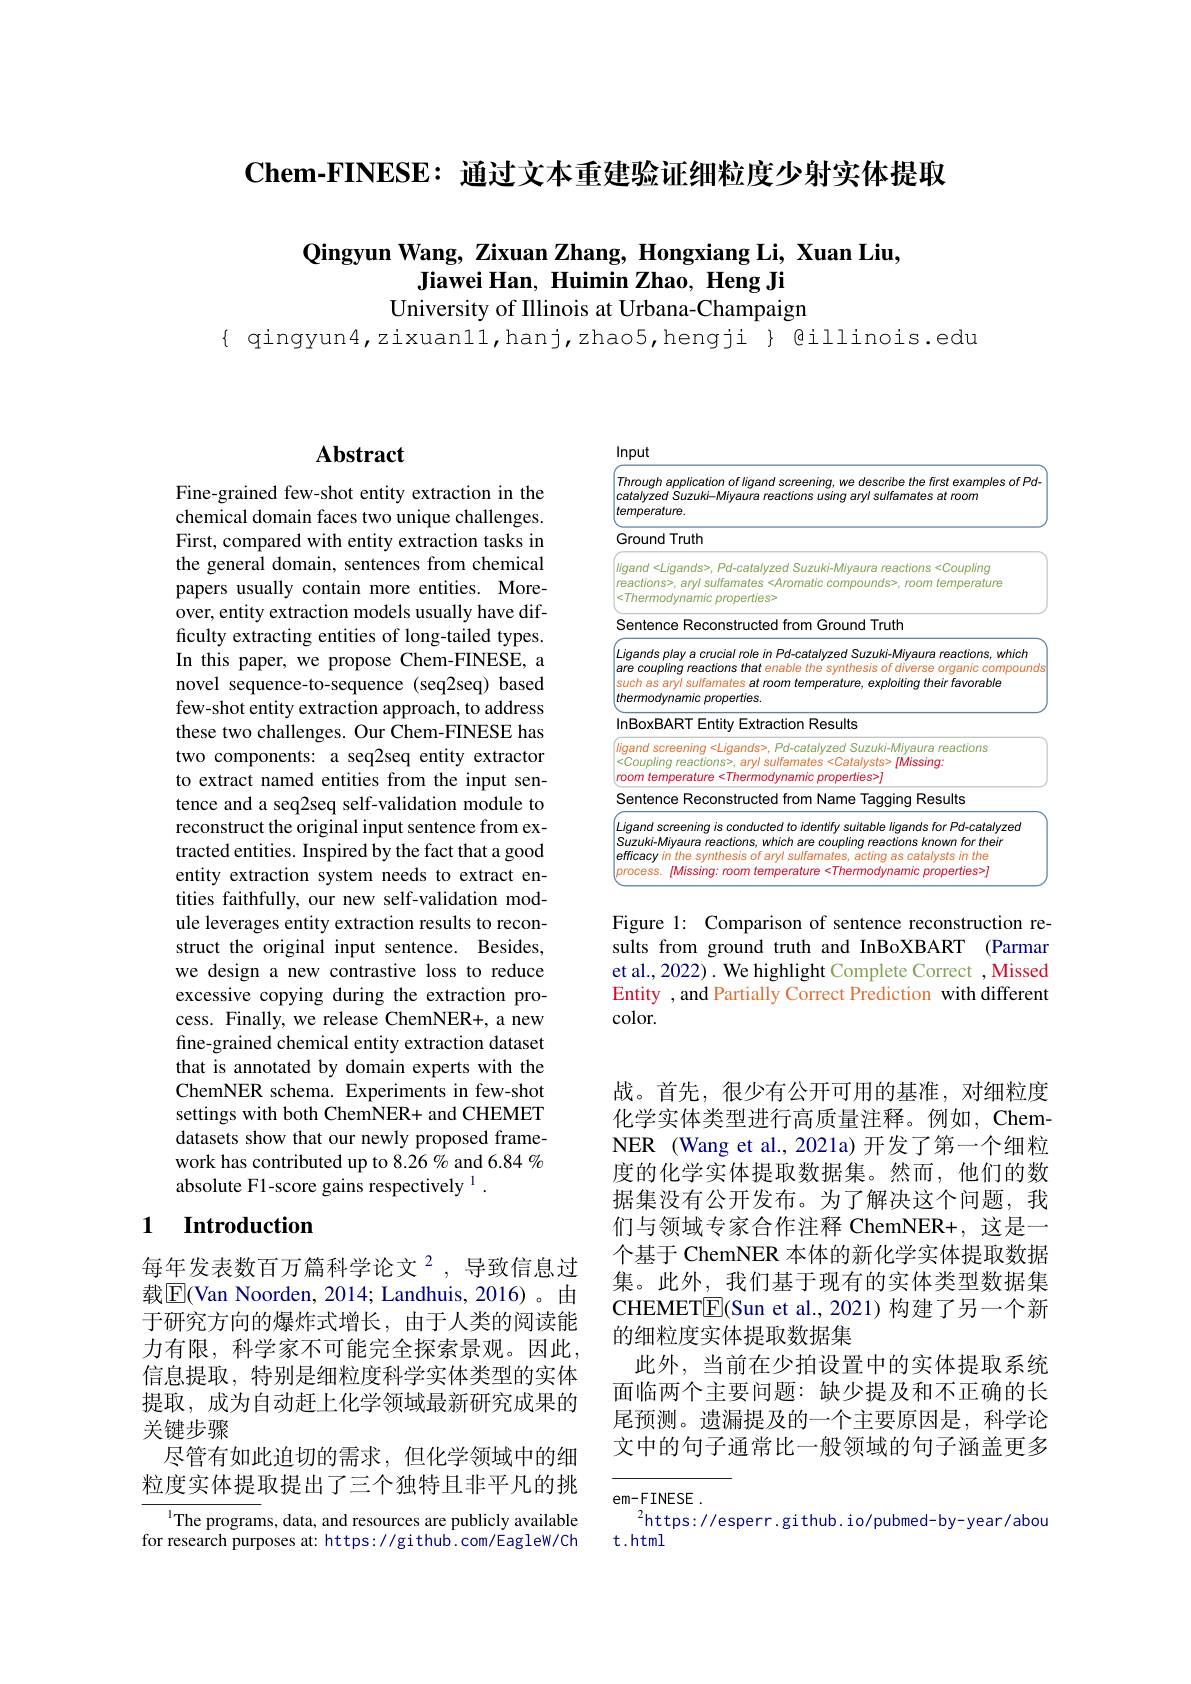
Chem-FINESE: 通过文本重建验证细粒度少射实体提取

# $\mathbf{Q}$ingyun Wang, Zixuan Zhang, Hongxiang Li, Xuan Liu, Jiawei Han, Huimin Zhao, Heng Ji University of Illinois at Urbana-Champaign

{ qingyun4,zixuanll,hanj,zhao5,hengji} $ @illinois.edu

## $\mathbf{Abstract}$

Fine-grained few-shot entity extraction in the chemical domain faces two unique challenges. First, compared with entity extraction tasks in the general domain, sentences from chemical papers usually contain more entities. Moreover, entity extraction models usually have difficulty extracting entities of long-tailed types. In this paper, we propose Chem-FINESE, a novel sequence-to-sequence (seq2seq) based few-shot entity extraction approach, to address these two challenges. Our Chem-FINESE has two components: a seq2seq entity extractor to extract named entities from the input sentence and a seq2seq self-validation module to reconstruct the original input sentence from extracted entities. Inspired by the fact that a good entity extraction system needs to extract entities faithfully, our new self-validation module leverages entity extraction results to reconstruct the original input sentence. Besides, we design a new contrastive loss to reduce excessive copying during the extraction process. Finally, we release ChemNER+, a new fine-grained chemical entity extraction dataset that is annotated by domain experts with the ChemNER schema. Experiments in few-shot settings with both ChemNER+ and CHEMET datasets show that our newly proposed framework has contributed up to 8.26 % and 6.84 % absolute F1-score gains respectively $^{\mathrm{l}}.$

### 1 $\textbf{Introduction}$

每年发表数百万篇科学论文$^{2}$,导致信息过载$\boxed{\mathrm{E}}($Van Noorden, 2014; Landhuis, 2016)。由于研究方向的爆炸式增长，由于人类的阅读能力有限，科学家不可能完全探索景观。因此， 信息提取，特别是细粒度科学实体类型的实体提取，成为自动赶上化学领域最新研究成果的关键步骤
尽管有如此迫切的需求，但化学领域中的细粒度实体提取提出了三个独特且非平凡的挑

$^{\mathrm{l}}$The programs, data, and resources are publicly available for research purposes at: https://github.com/Eaglew/Ch

Input

application of
describe
<FigureHere>

Figure 1: Comparison of sentence reconstruction results from ground truth and InBoXBART (Parmar et al., 2022) . We highlight Complete Correct , Missed Entity , and Partially Correct Prediction with different color.

战。首先，很少有公开可用的基准，对细粒度化学实体类型进行高质量注释。例如，ChemNER (Wang et al., 2021a) 开发了第一个细粒度的化学实体提取数据集。然而，他们的数据集没有公开发布。为了解决这个问题，我们与领域专家合作注释 ChemNER+,这是一个基于 ChemNER 本体的新化学实体提取数据集。此外，我们基于现有的实体类型数据集CHEMET$\boxed{\mathrm{E}}($Sun et al.,2021)构建了另一个新的细粒度实体提取数据集
此外，当前在少拍设置中的实体提取系统面临两个主要问题：缺少提及和不正确的长尾预测。遗漏提及的一个主要原因是，科学论文中的句子通常比一般领域的句子涵盖更多

em-FINESE $em-FINESE$
$^{2}$https://esperr.github.io/pubmed-by-year/abou
t.html